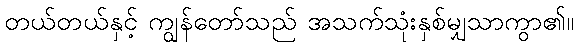
တယ်တယ်နှင့် ကျွန်တော်သည် အသက်သုံးနှစ်မျှသာကွာ၏။